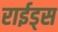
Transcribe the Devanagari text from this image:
राईड्स